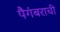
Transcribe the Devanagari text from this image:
पैगंबराची